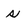
Character: s